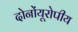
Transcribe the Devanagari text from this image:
दोनोंयूरोपीय